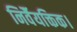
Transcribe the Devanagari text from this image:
निर्वैयक्तिक।